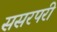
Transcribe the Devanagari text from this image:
ससरपरी